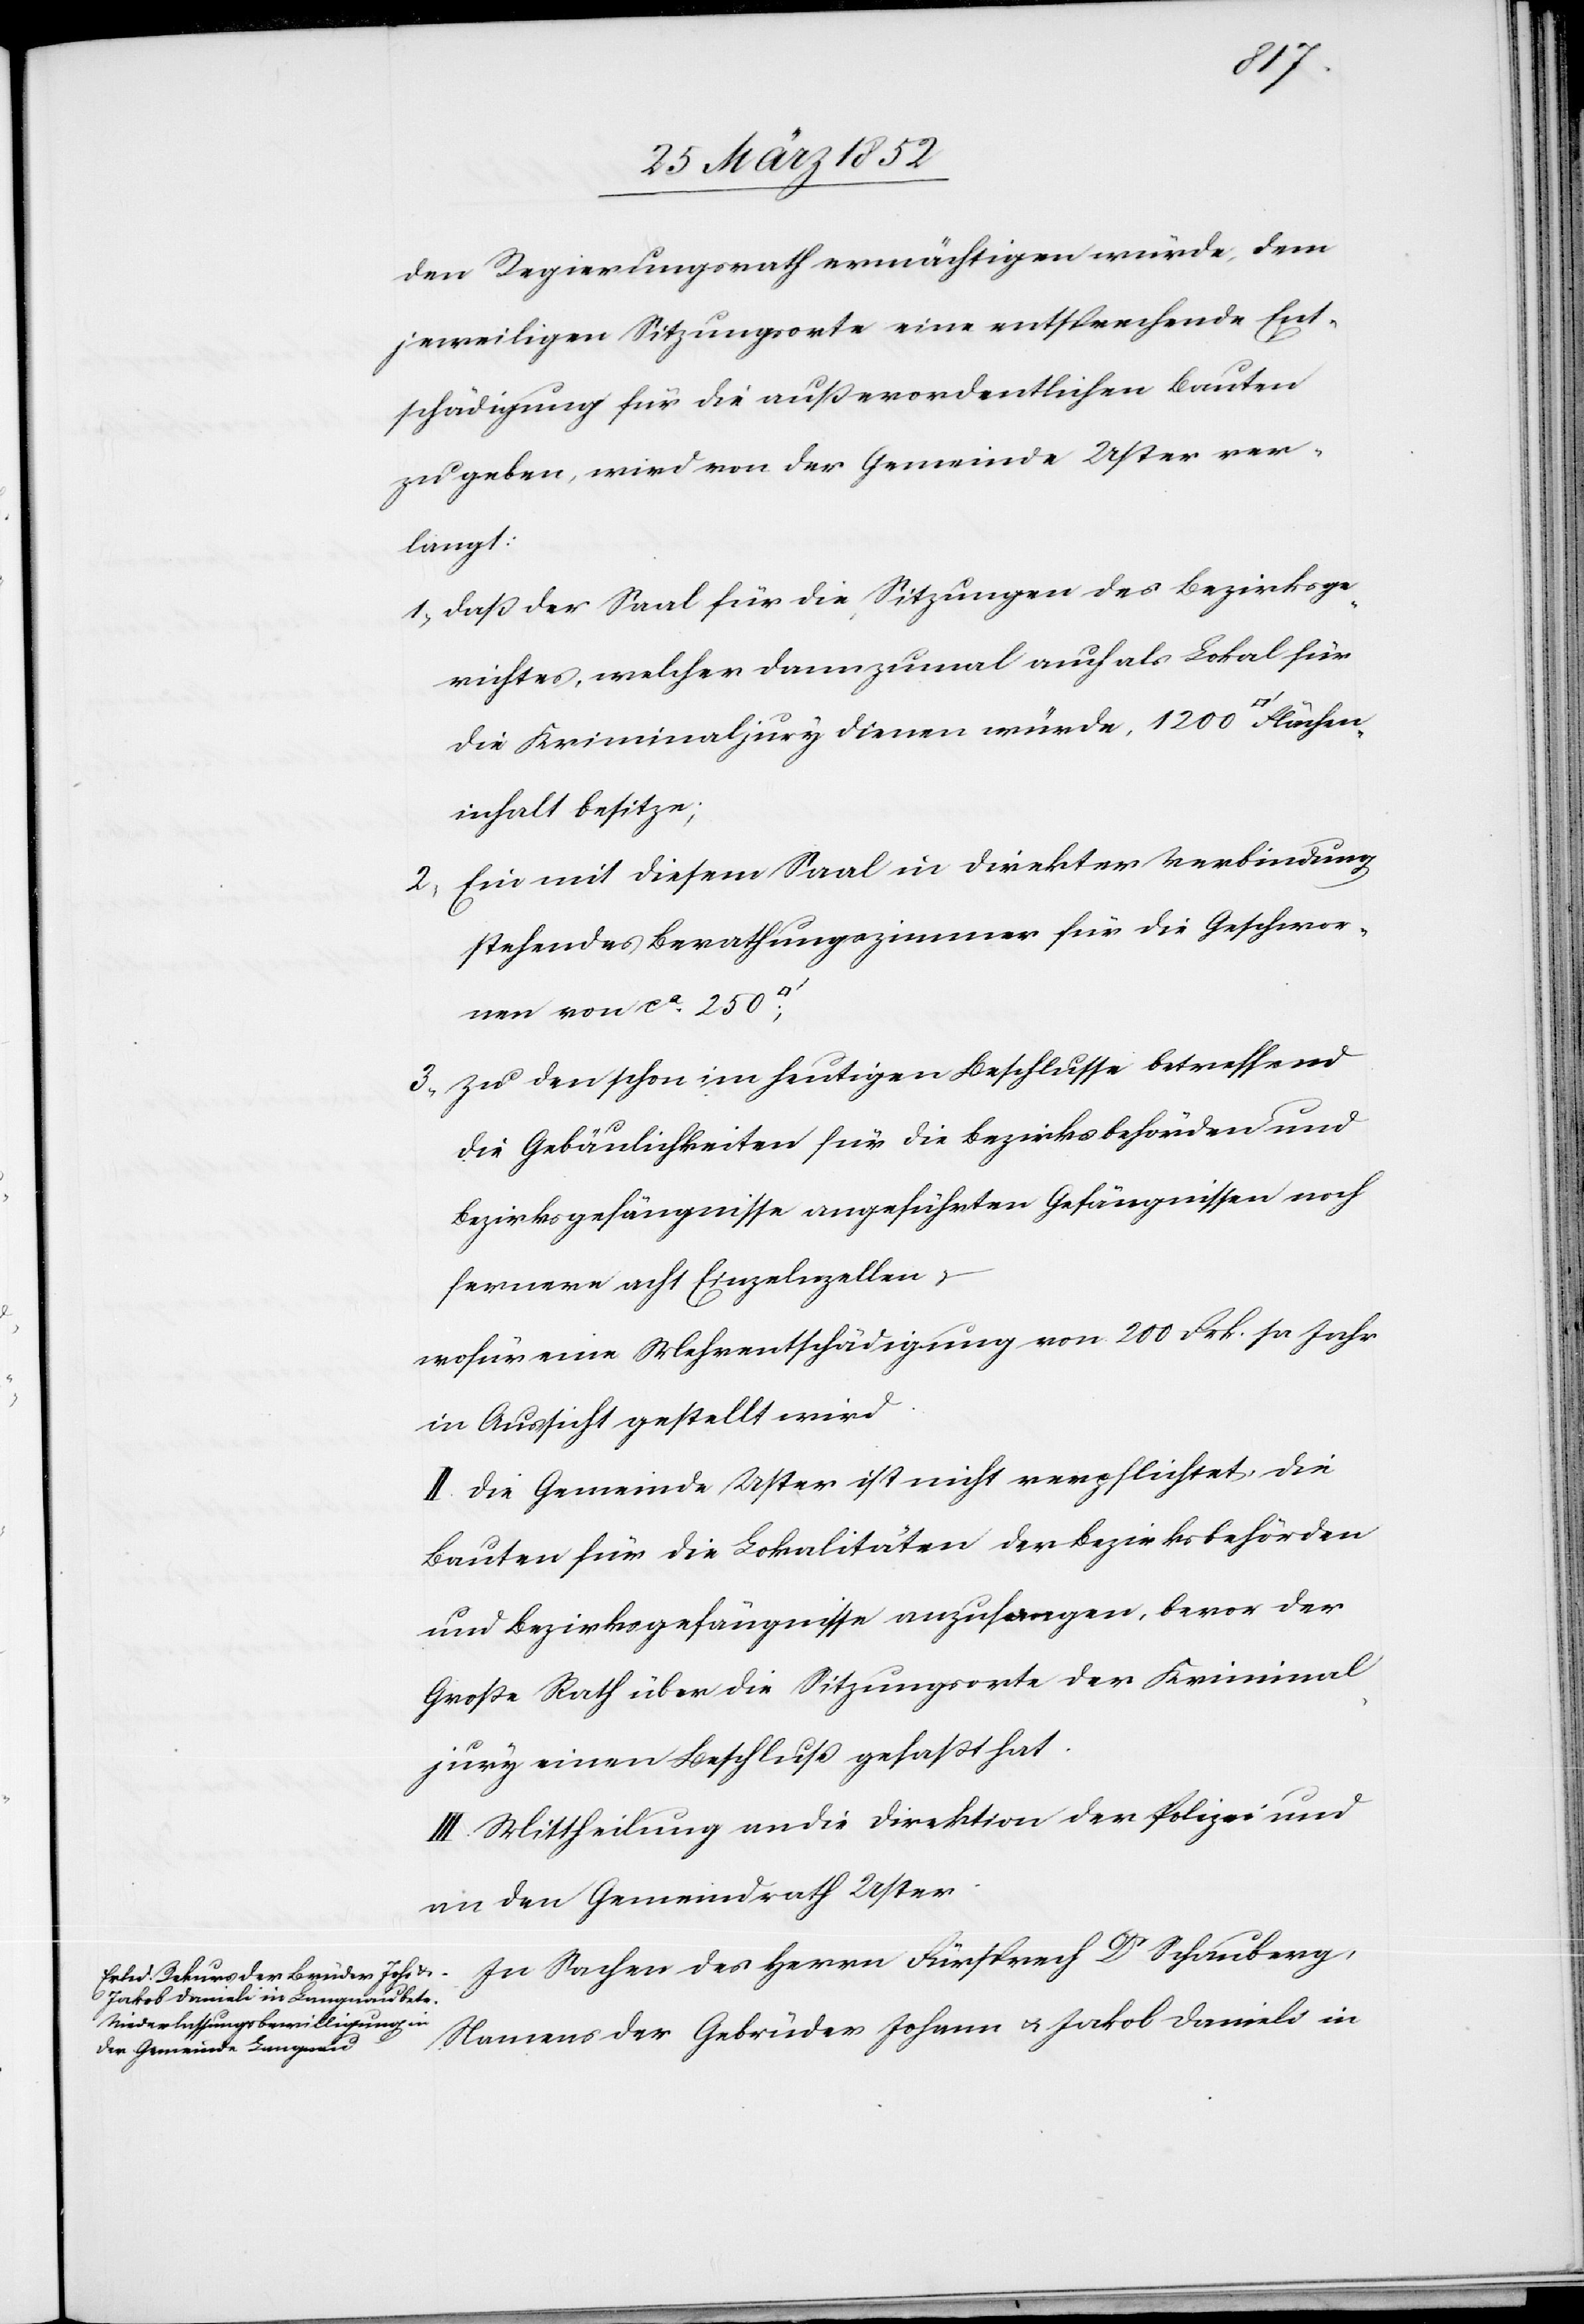
Fläch¬
den Regierungsrath ermächtigen würde, dem
jeweiligen Sitzungsorte eine entsprechende Ent¬
schädigung für die außerordentlichen Bauten
zu geben, wird von der Gemeinde Uster ver¬
langt:
1) Daß der Saal für die Sitzungen des Bezirksge¬
richtes, welcher dannzumal auch als Lokal für
die Kriminaljury dienen würde, 1200 [Quadr¬
eninhalt besitze;
2) Ein mit diesem Saal in direkter Verbindung
stehendes Berathungszimmer für die Geschwor¬
nen von ca 250
3) Zu den schon im heutigen Beschlusse betreffend
die Gebäulichkeiten für die Bezirksbehörden und
Bezirksgefängnisse angeführten Gefängnissen noch
ferner acht Einzelzellen,
wofür eine Mehrentschädigung von 200 Frk. pr Jahr
in Aussicht gestellt wird.
II. Die Gemeinde Uster ist nicht verpflichtet, die
Bauten für die Lokalitäten der Bezirksbehörden
und Bezirksgefängnisse anzufangen, bevor der
Große Rath über die Sitzungsorte der Kriminal¬
jury einen Beschluß gefaßt hat.
III. Mittheilung an die Direktion der Polizei und
an den Gemeindrath Uster.
Namens der Gebrüder Johann u. Jakob Danieli in